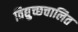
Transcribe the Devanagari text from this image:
विद्युच्छचालित